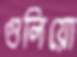
গুলিয়ো